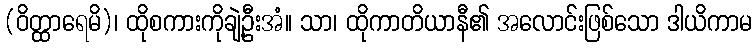
(ဝိတ္ထာရေမိ)၊ ထိုစကားကိုချဲ့ဦးအံ။ သာ၊ ထိုကာတိယာနီ၏ အလောင်းဖြစ်သော ဒါယိကာမ